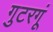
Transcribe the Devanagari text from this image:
गुटरगूं